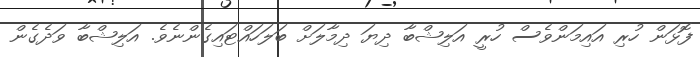
ފޮޅަން ހުރި އައިމަންވެސް ހުރީ އަލިޝްބާ ދިޔަ ދިމާލަށް ބަލަހައްޓައިގެންނެވެ. އަލިޝްބާ ވަދެގެން